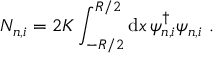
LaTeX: { \cal N } _ { n , i } = 2 K \int _ { - R / 2 } ^ { R / 2 } \mathrm { d } x \, \psi _ { n , i } ^ { \dagger } \psi _ { n , i } \ .